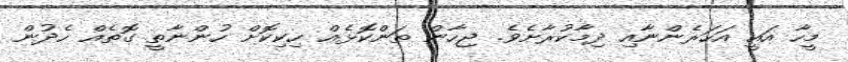
މީހާ އައީ އަހަރެންނާއި ދިމާކުރާށެވެ. ޖިހާން ތަންކޮޅެއް ހިކިކޮށް ހުންނާތީ ގޮތެއް ހެދުން